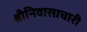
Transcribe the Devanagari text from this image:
श्रीनिवासाचारी